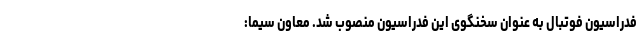
فدراسیون فوتبال به عنوان سخنگوی این فدراسیون منصوب شد. معاون سیما:‌